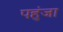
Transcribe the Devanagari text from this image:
पहुंजा